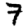
Digit: 7